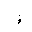
Letter: _ra